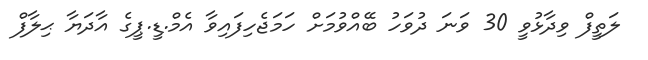
ލަތީފް ވިދާޅުވީ 30 ވަނަ ދުވަހު ބޭއްވުމަށް ހަމަޖެހިފައިވާ އެމް.ޑީ.ޕީގެ އާދަޔާ ޙިލާފް